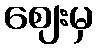
ဈေးမှ